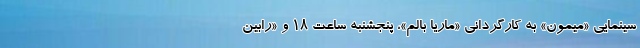
سینمایی «میمون» به کارگردانی «ماریا بالم»، پنجشنبه ساعت ۱۸ و «رابین